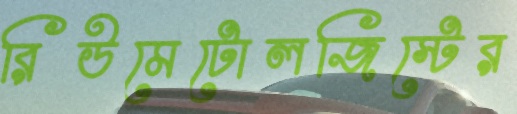
রিউমেটোলজিস্টের